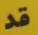
قد